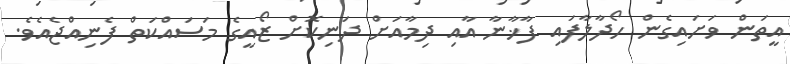
އީތަން ވަށައިގެން ހޯދާލާފައި ފާޚާނާ އާއި ދިމާއަށް ދަނިކޮށް ޒޯއީގެ މަސައްކަތް ފެނިއްޖެއެވެ.